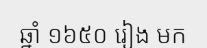
ឆ្នាំ ១៦៥០ រៀង មក